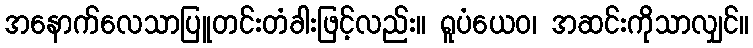
အနောက်လေသာပြူတင်းတံခါးဖြင့်လည်း။ ရူပံယေဝ၊ အဆင်းကိုသာလျှင်။